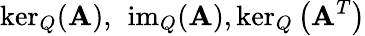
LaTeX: \ker_{Q}(\mathbf{A}),\ \operatorname{im}_{Q}(\mathbf{A}),\ker_{Q}\left(\mathbf{A}^{T}\right)